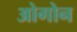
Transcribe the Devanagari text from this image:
ओगोन